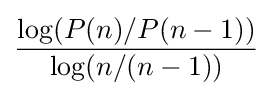
{\frac {\log(P(n)/P(n-1))}{\log(n/(n-1))}}